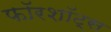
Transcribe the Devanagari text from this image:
फॉरशॉट्स